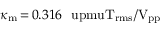
\kappa _ { \mathrm { m } } \, { = } \, 0 . 3 1 6 ~ \mathrm { \ u p m u T _ { r m s } / V _ { p p } }